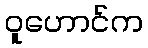
ဝူဟောင်က